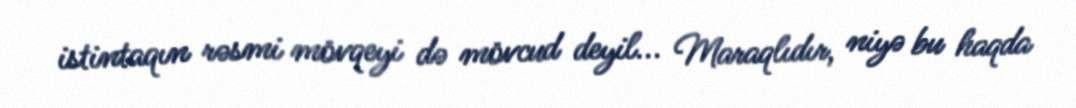
istintaqın rəsmi mövqeyi də mövcud deyil... Maraqlıdır, niyə bu haqda